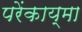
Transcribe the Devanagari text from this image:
परेंकाय्मा